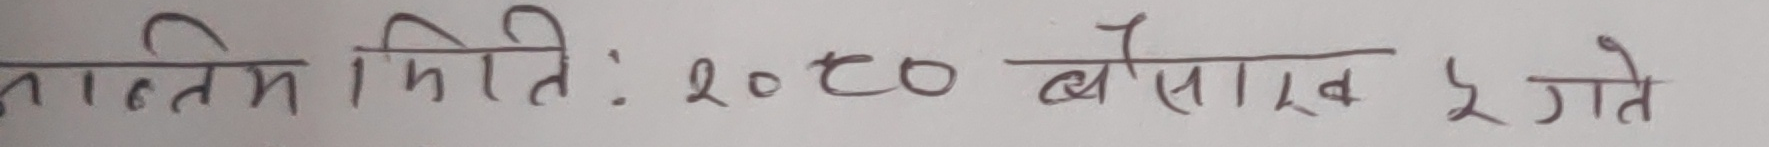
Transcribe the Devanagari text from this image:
अन्तिम मिति: २०८० बैसाख ५ गते